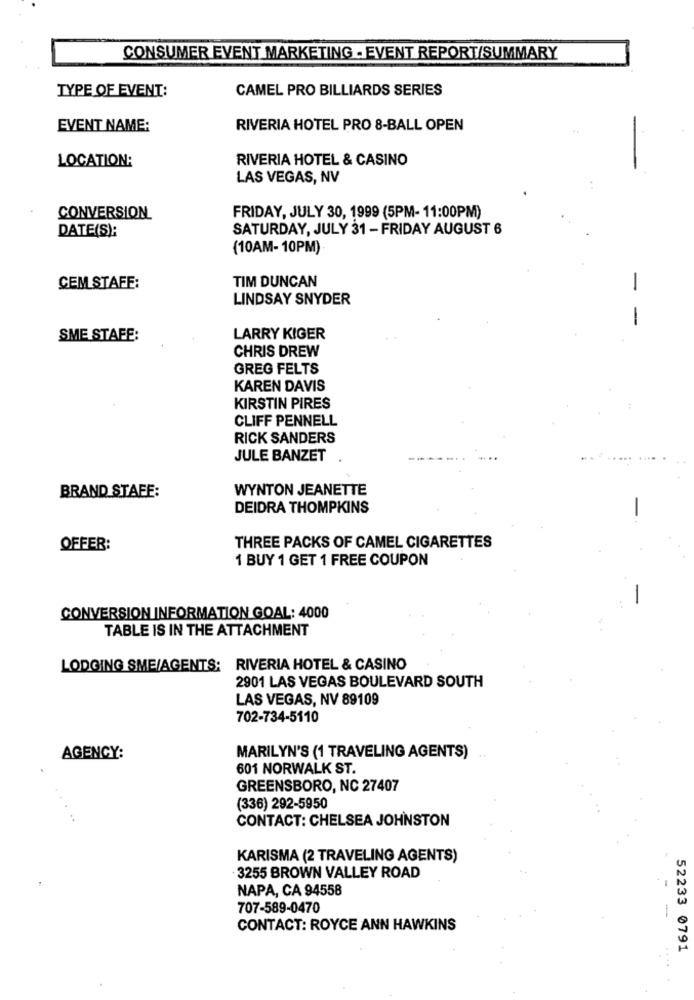
CONSUMER EVENT MARKETING - EVENT REPORT/SUMMARY
TYPE OF EVENT:
CAMEL PRO BILLIARDS SERIES
EVENT NAME:
RIVERIA HOTEL PRO 8-BALL OPEN
LOCATION:
RIVERIA HOTEL & CASINO
LAS VEGAS, NV
FRIDAY, JULY 30, 1999 (5PM- 11:00PM)
CONVERSION
DATE(S):
SATURDAY, JULY 31 - FRIDAY AUGUST 6
(10AM-10PM)
TIM DUNCAN
CEM STAFE:
-
LINDSAY SNYDER
-
SME STAFE:
LARRY KIGER
CHRIS DREW
GREG FELTS
KAREN DAVIS
KIRSTIN PIRES
CLIFF PENNELL
RICK SANDERS
JULE BANZET
BRAND STAFE:
WYNTON JEANETTE
DEIDRA THOMPKINS
OFFER:
THREE PACKS OF CAMEL CIGARETTES
1 BUY 1 GET 1 FREE COUPON
CONVERSION INFORMATION GOAL: 4000
TABLE IS IN THE ATTACHMENT
LODGING SME/AGENTS; RIVERIA HOTEL & CASINO
2901 LAS VEGAS BOULEVARD SOUTH
LAS VEGAS, NV 89109
702-734-5110
AGENCY:
MARILYN'S (1 TRAVELING AGENTS)
601 NORWALK ST.
GREENSBORO, NC 27407
(336) 292-5950
CONTACT: CHELSEA JOHNSTON
KARISMA (2 TRAVELING AGENTS)
3255 BROWN VALLEY ROAD
NAPA, CA 94558
707-589-0470
CONTACT: ROYCE ANN HAWKINS
52233 0791